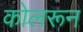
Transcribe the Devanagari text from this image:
कोलरून